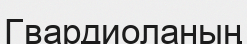
Гвардиоланың